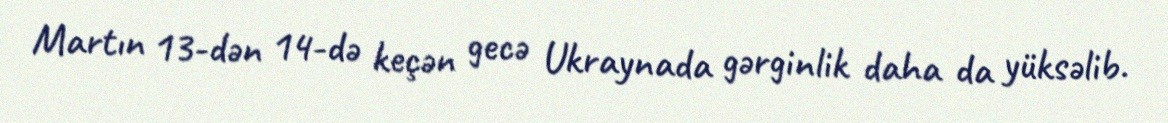
Martın 13-dən 14-də keçən gecə Ukraynada gərginlik daha da yüksəlib.